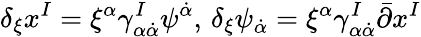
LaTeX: \delta_{\xi}x^{I}=\xi^{\alpha}\gamma_{\alpha\dot{\alpha}}^{I}\psi^{\dot{\alpha}},\, \delta_{\xi}\psi_{\dot{\alpha}}=\xi^{\alpha}\gamma_{\alpha\dot{\alpha}}^{I}\bar{\partial}x^{I}